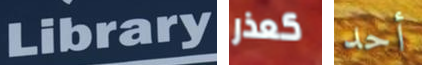
Library كعذر أحد